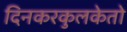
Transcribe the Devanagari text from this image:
दिनकरकुलकेतो